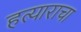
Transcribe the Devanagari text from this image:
हत्याराचा